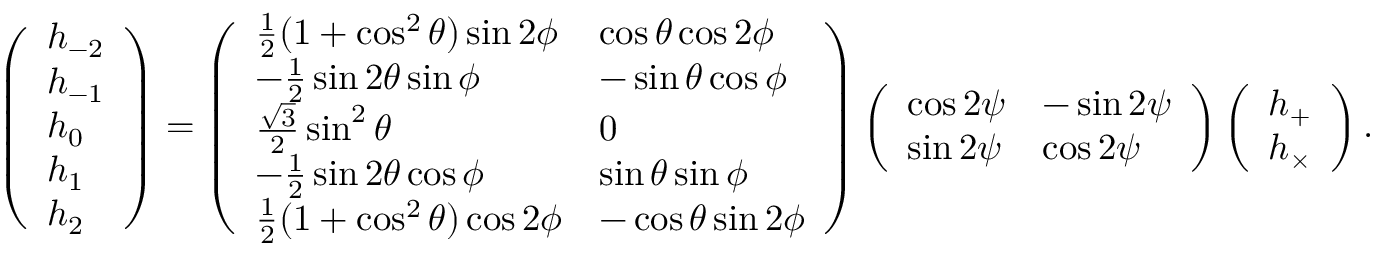
\left( \begin{array} { l } { h _ { - 2 } } \\ { h _ { - 1 } } \\ { h _ { 0 } } \\ { h _ { 1 } } \\ { h _ { 2 } } \end{array} \right) = \left( \begin{array} { l l } { \frac 1 2 ( 1 + \cos ^ { 2 } \theta ) \sin 2 \phi } & { \cos \theta \cos 2 \phi } \\ { - \frac 1 2 \sin 2 \theta \sin \phi } & { - \sin \theta \cos \phi } \\ { \frac { \sqrt { 3 } } { 2 } \sin ^ { 2 } \theta } & { 0 } \\ { - \frac 1 2 \sin 2 \theta \cos \phi } & { \sin \theta \sin \phi } \\ { \frac 1 2 ( 1 + \cos ^ { 2 } \theta ) \cos 2 \phi } & { - \cos \theta \sin 2 \phi } \end{array} \right) \left( \begin{array} { l l } { \cos 2 \psi } & { - \sin 2 \psi } \\ { \sin 2 \psi } & { \cos 2 \psi } \end{array} \right) \left( \begin{array} { l } { h _ { + } } \\ { h _ { \times } } \end{array} \right) .